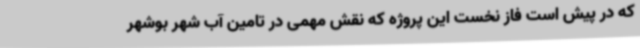
که در پیش است فاز نخست این پروژه که نقش مهمی در تامین آب شهر بوشهر